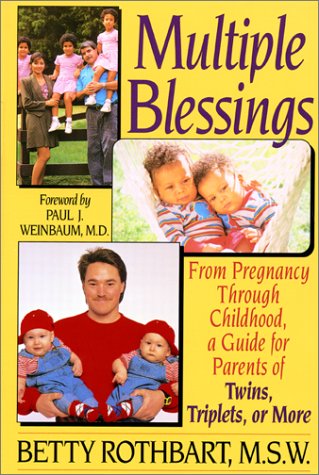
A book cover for Multiple Blessings; Betty Rothbart; Parenting & Relationships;